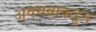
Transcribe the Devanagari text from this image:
अवयवाकडून